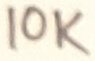
Text: 10K